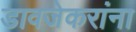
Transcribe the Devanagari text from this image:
डावजेकरांना